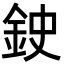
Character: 鉂